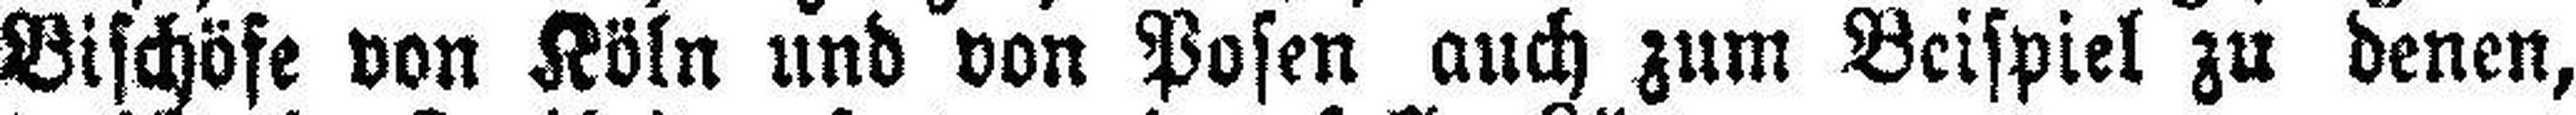
Bischöfe von Köln und von Posen auch zum Beispiel zu denen,